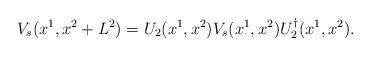
LaTeX: \begin{align*}V_s(x^1,x^2 + L^2) = U_2(x^1,x^2)V_s(x^1,x^2)U_2^{\dagger}(x^1,x^2).\end{align*}